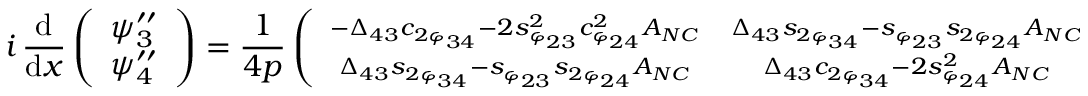
i \, \frac { \mathrm { d } } { \mathrm { d } x } \left( \begin{array} { c } { { \psi _ { 3 } ^ { \prime \prime } } } \\ { { \psi _ { 4 } ^ { \prime \prime } } } \end{array} \right) = \frac { 1 } { 4 p } \left( \begin{array} { c c } { { \scriptstyle - \Delta _ { 4 3 } c _ { 2 \varphi _ { 3 4 } } - 2 s _ { \varphi _ { 2 3 } } ^ { 2 } c _ { \varphi _ { 2 4 } } ^ { 2 } A _ { N C } } } & { { \scriptstyle \Delta _ { 4 3 } s _ { 2 \varphi _ { 3 4 } } - s _ { \varphi _ { 2 3 } } s _ { 2 \varphi _ { 2 4 } } A _ { N C } } } \\ { { \scriptstyle \Delta _ { 4 3 } s _ { 2 \varphi _ { 3 4 } } - s _ { \varphi _ { 2 3 } } s _ { 2 \varphi _ { 2 4 } } A _ { N C } } } & { { \scriptstyle \Delta _ { 4 3 } c _ { 2 \varphi _ { 3 4 } } - 2 s _ { \varphi _ { 2 4 } } ^ { 2 } A _ { N C } } } \end{array} \right) \left( \begin{array} { c } { { \psi _ { 3 } ^ { \prime \prime } } } \\ { { \psi _ { 4 } ^ { \prime \prime } } } \end{array} \right) \, ,